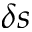
\delta s